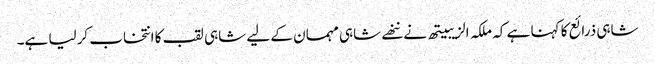
شاہی ذرائع کا کہنا ہے کہ ملکہ الزیبیتھ نے ننھے شاہی مہمان کے لیے شاہی لقب کا انتخاب کرلیا ہے۔